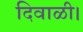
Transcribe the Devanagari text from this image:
दिवाळी।